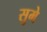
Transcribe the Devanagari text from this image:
सुमे